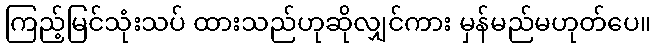
ကြည့်မြင်သုံးသပ် ထားသည်ဟုဆိုလျှင်ကား မှန်မည်မဟုတ်ပေ။